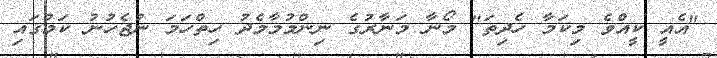
"އެއީ ކީއްވެ މިކަމާ ހެދިތަ" މޯނާ މަނާރުގެ ނިންމުމާމެދު ހިތްހަމަ ނުޖެހުނު ކަމުގައި